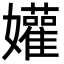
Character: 孉